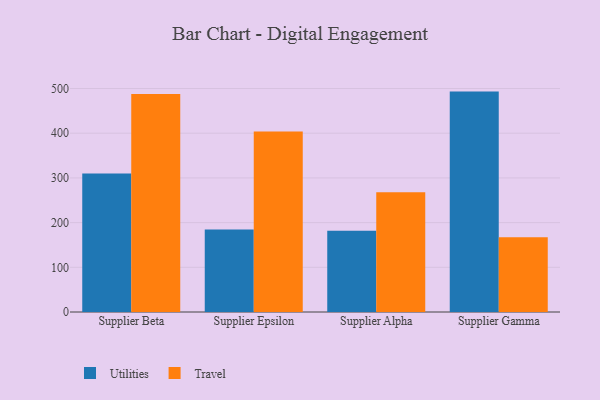
{"axis": {"x": "Supplier", "y": "Revenue (USD Million)"}, "legend": ["Travel", "Utilities"], "data": [{"x": "Supplier Beta", "y": 309.6, "type": "Utilities"}, {"x": "Supplier Beta", "y": 487.5, "type": "Travel"}, {"x": "Supplier Epsilon", "y": 184.4, "type": "Utilities"}, {"x": "Supplier Epsilon", "y": 403.6, "type": "Travel"}, {"x": "Supplier Alpha", "y": 181.6, "type": "Utilities"}, {"x": "Supplier Alpha", "y": 268.0, "type": "Travel"}, {"x": "Supplier Gamma", "y": 493.1, "type": "Utilities"}, {"x": "Supplier Gamma", "y": 167.5, "type": "Travel"}]}